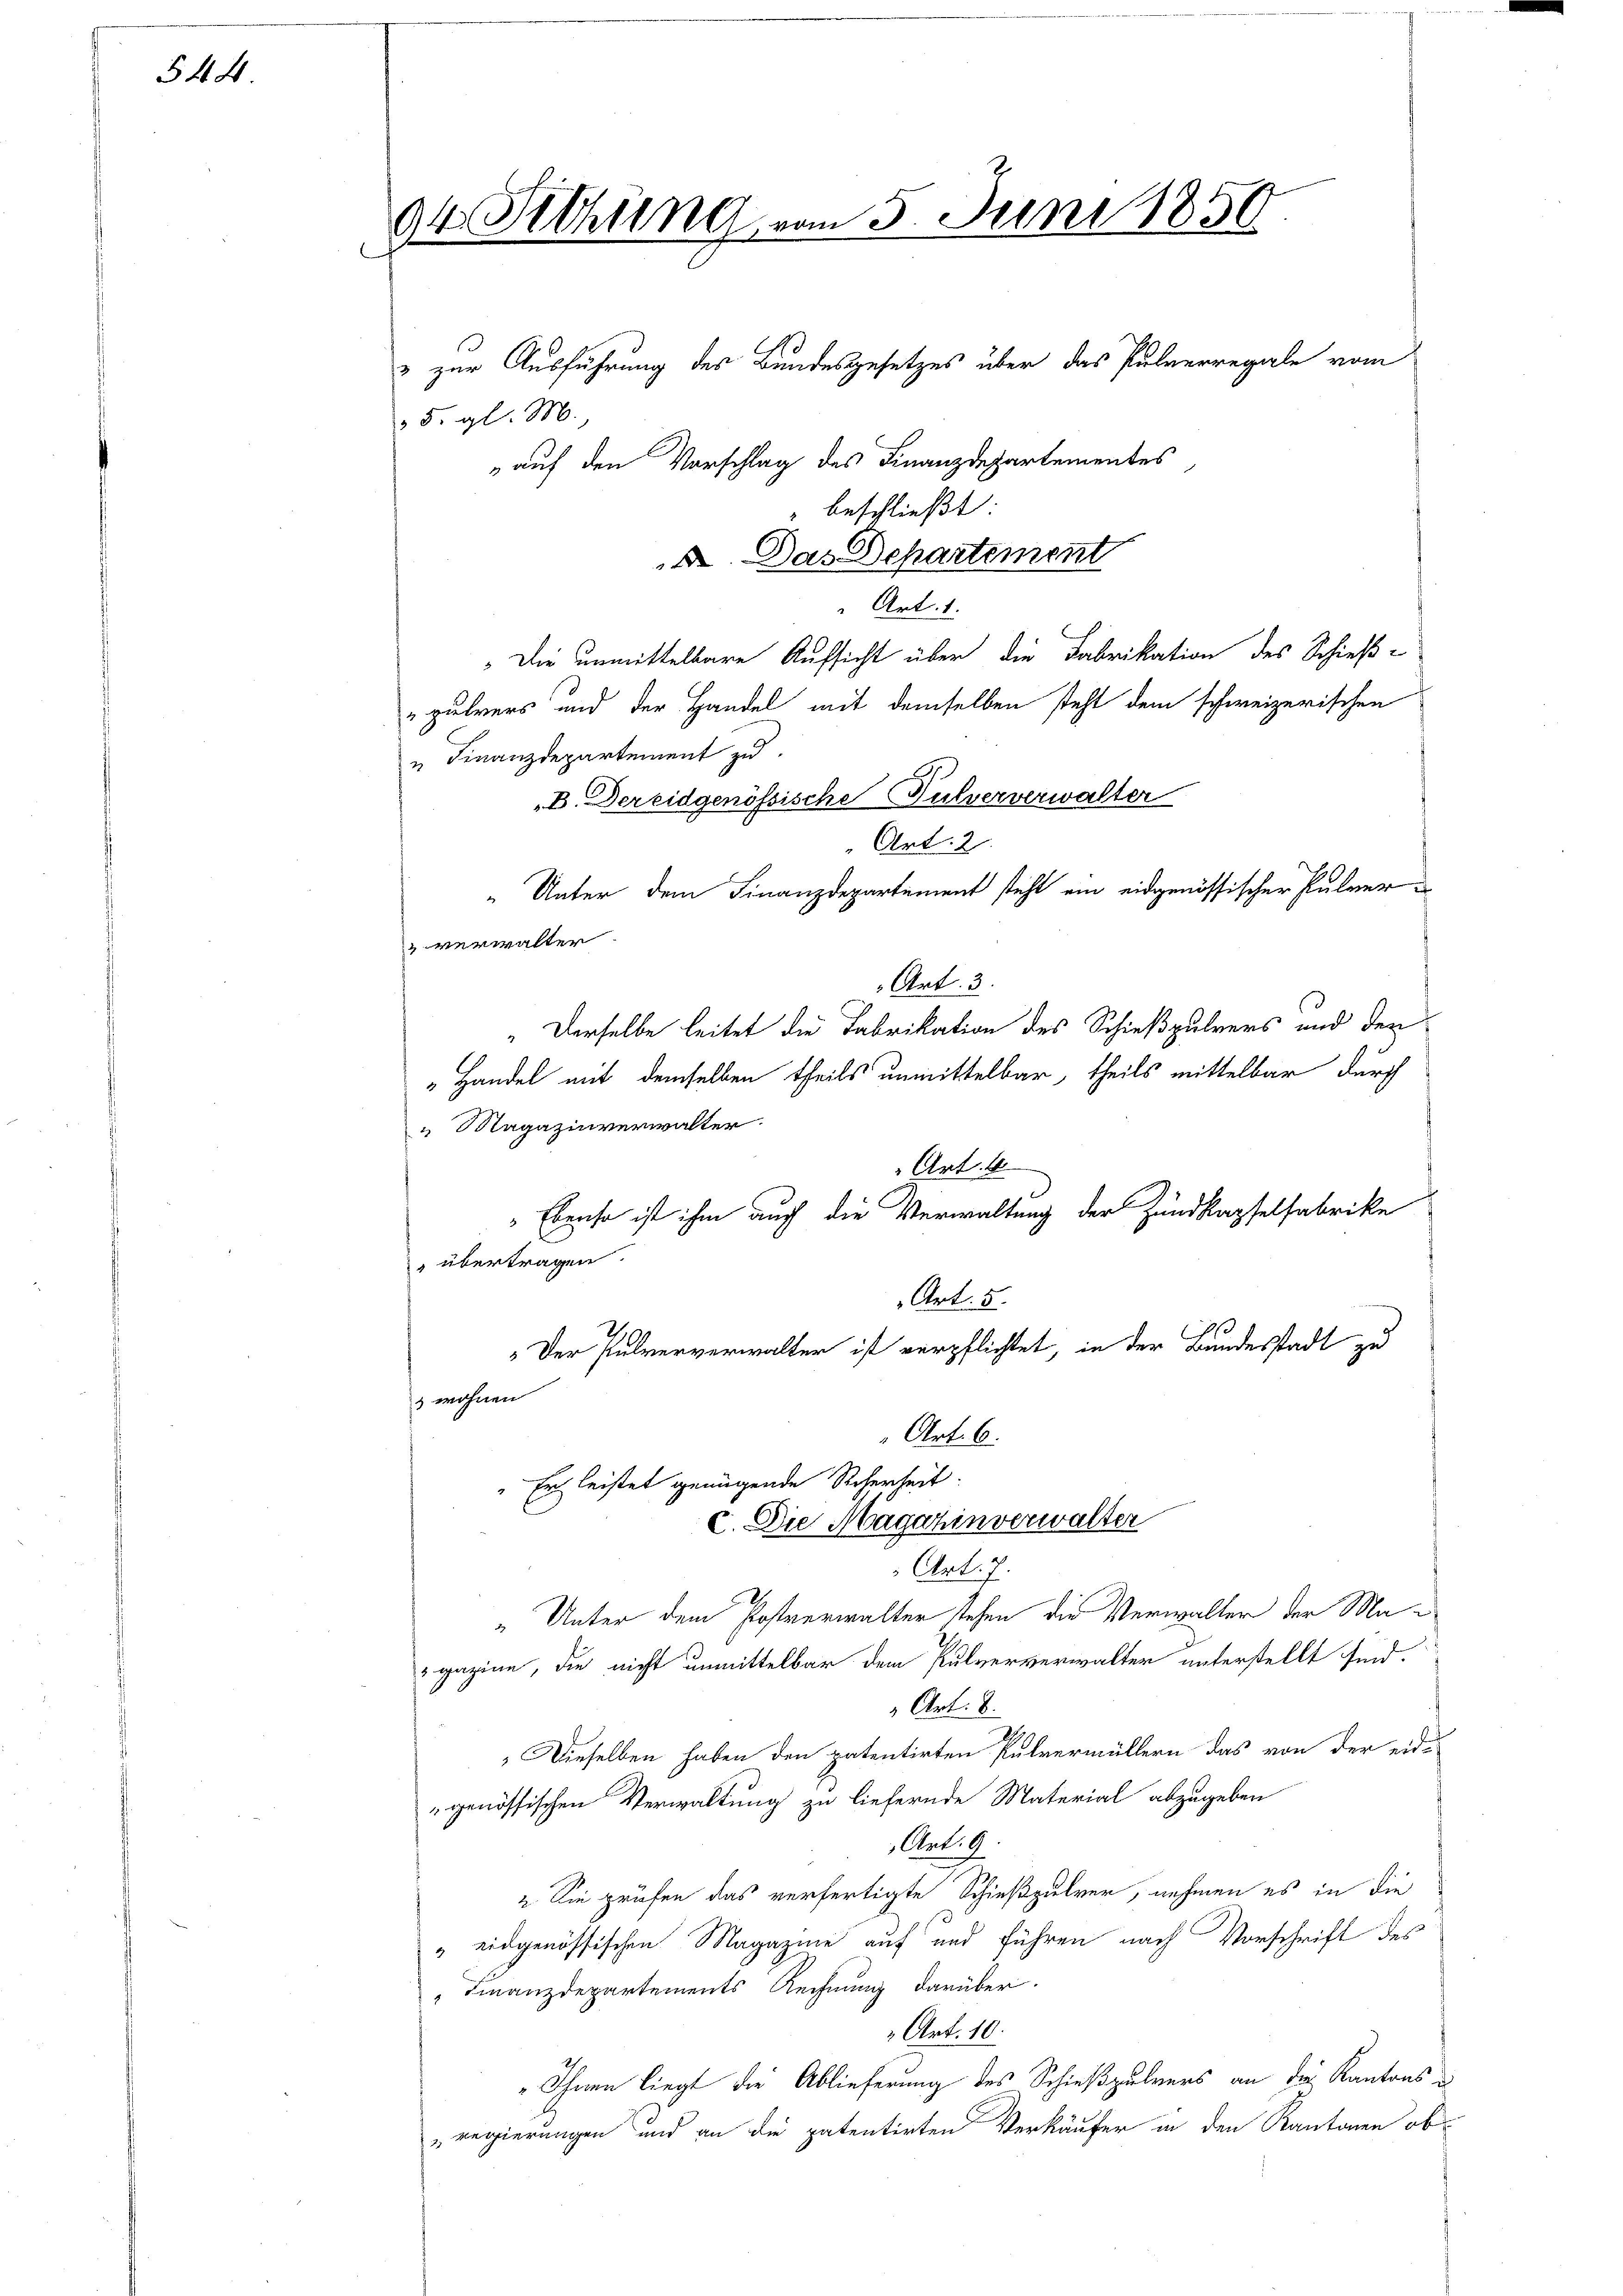
544

94 Setzung, vom 5. Juni 1850.

& zur Ausführung des Bundesgesetzes über das Pulverregale vom
5. gl. M.
auf den Vorschlag des Finanzdepartementes
" beschließt:
d. Das Departement
Art. 1.
Die unmittelbare Aufsicht über die Fabrikation des Schieß-
"pulvers und der Handel mit demselben steht dem schweizerischen
u Finanzdepartement zu
B. Der eidgenössische Fulververwalter
Art. 2
„Unter dem Finanzdepartement steht ein eidgenössischer Pulver in
" verwalter
Art. 3.
" Derselbe leitet die Fabrikation des Schießpulvers und den
Handel mit demselben theils unmittelbar, theils mittelbar durch
" Magazinverwalter
Art. 4
Ebenso ist ihm auch die Verwaltung der Zundkapselfabrike
" übertragen.
Art. 5.
Der Pulververwalter ist verpflichtet, in der Bundesstadt zu
1 wohnen

Art. 6.
Er leistet genügende Scherheit:
c. Die Magazinverwalter
Art. 7.

„Unter dem Postverwalter stehen die Verwalter der Magazine, die nicht unmittelbar dem Pulververwalter unterstellt sind.
Art. 8.
Dieselben haben den patentirten Pulvermüllern das von der eid-
genössischen Verwaltung zu liefernde Material abzugeben
Art. 9
" Sie prüfen das verfertigte Schießpulver, nehmen es in die
“ eidgenössischen Magazine auf und führen nach Vorschrift des
" Finanzdepartements Rechnung darüber.
Ant. 10.
"Ihnen liegt die Ablieferung des Schießpulvers an die Kantons u
„regierungen und an die patentirten Verkäufer in den Kantonen ob¬